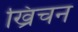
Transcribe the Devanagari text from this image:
ख्रिचन